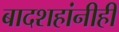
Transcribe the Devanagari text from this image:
बादशहांनीही